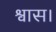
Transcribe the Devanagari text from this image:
श्वास।